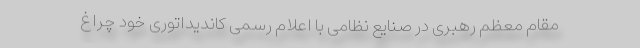
مقام معظم رهبری در صنایع نظامی با اعلام رسمی کاندیداتوری خود چراغ